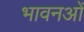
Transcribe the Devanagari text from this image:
भावनओं